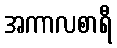
အကာလစာရီ